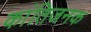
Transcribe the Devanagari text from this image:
कांतिजनक